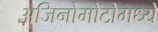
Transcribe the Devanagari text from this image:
अजिनोमोटोमध्ये